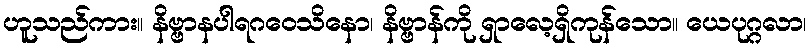
ဟူသည်ကား။ နိဗ္ဗာနပါရဂဝေသိနော၊ နိဗ္ဗာန်ကို ရှာလေ့ရှိကုန်သော။ ယေပုဂ္ဂလာ၊